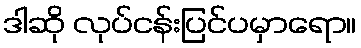
ဒါဆို လုပ်ငန်းပြင်ပမှာရော။